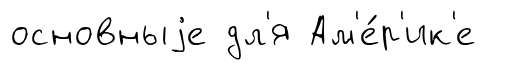
основныjе дл'я Ам'е́р'ик'е